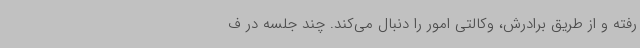
رفته و از طریق برادرش، وکالتی امور را دنبال می‌کند. چند جلسه در ف